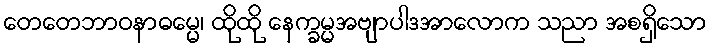
တေတေဘာဝနာဓမ္မေ၊ ထိုထို နေက္ခမ္မအဗျာပါဒအာလောက သညာ အစရှိသော